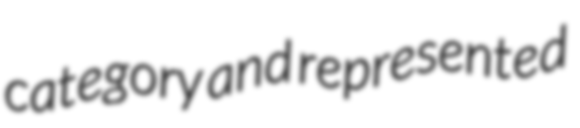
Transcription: category and represented